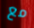
مع